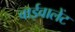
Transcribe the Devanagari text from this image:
बाईवालेंट